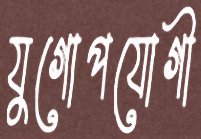
যুগোপযোগী